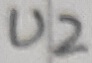
Text: U2